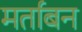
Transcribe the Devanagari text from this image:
मर्ताबन